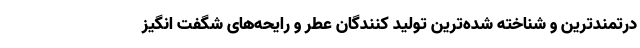
درتمندترین و شناخته شده‌ترین تولید کنندگان عطر و رایحه‌های شگفت انگیز